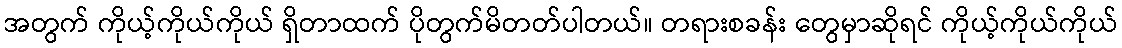
အတွက် ကိုယ့်ကိုယ်ကိုယ် ရှိတာထက် ပိုတွက်မိတတ်ပါတယ်။ တရားစခန်း တွေမှာဆိုရင် ကိုယ့်ကိုယ်ကိုယ်